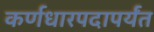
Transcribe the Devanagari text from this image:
कर्णधारपदापर्यंत